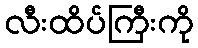
လီးထိပ်ကြီးကို